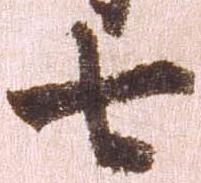
七